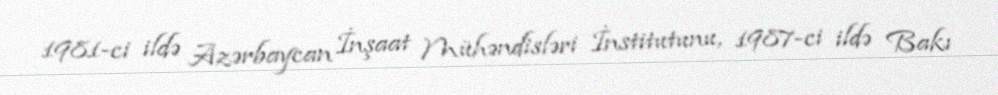
1981-ci ildə Azərbaycan İnşaat Mühəndisləri İnstitutunu, 1987-ci ildə Bakı